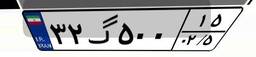
۳۲گ۵۰۰۱۵